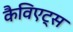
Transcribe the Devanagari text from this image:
कैविएट्स